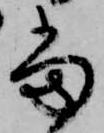
當